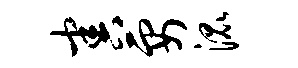
害要混